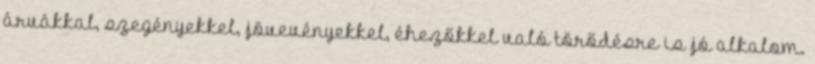
árvákkal, szegényekkel, jövevényekkel, éhezőkkel való törődésre is jó alkalom.